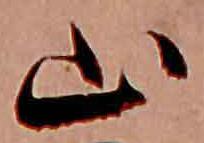
山